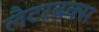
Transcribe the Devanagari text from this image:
लैटरबक्स